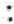
: